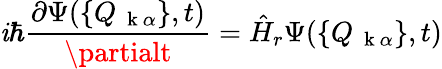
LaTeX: \mathit{i}\hbar\frac{{\partial\Psi(\{ Q_{\mathrm{{~\mathbf{~}k~}}\alpha}\} ,t)}}{{\partialt}}=\hat{{H}}_{r}\Psi(\{ Q_{\mathrm{{~\mathbf{~}k~}}\alpha}\} ,t)